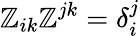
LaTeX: \mathbb{Z}_{ik}\mathbb{Z}^{jk}=\delta_{i}^{j}